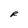
Character: R